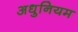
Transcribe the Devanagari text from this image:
अधुनियम